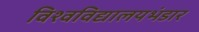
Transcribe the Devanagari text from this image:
विश्वविद्यालयभंडार